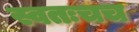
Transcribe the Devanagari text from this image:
स्वतःचच